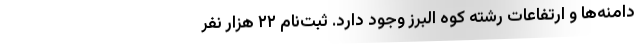
دامنه‌ها و ارتفاعات رشته کوه البرز وجود دارد. ثبت‌نام ۲۲ هزار نفر